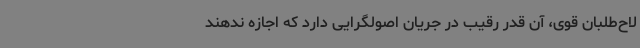
لاح‌طلبان قوی، آن‌ قدر رقیب در جریان اصولگرایی دارد که اجازه ندهند